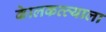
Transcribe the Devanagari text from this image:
केालकत्त्याला